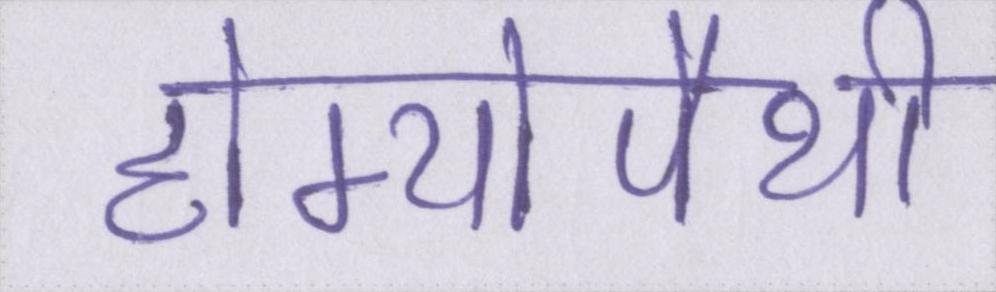
होम्योपैथी